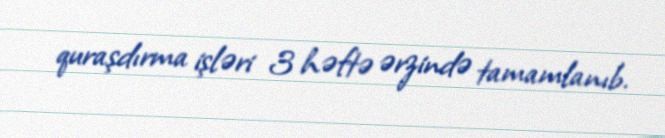
quraşdırma işləri 3 həftə ərzində tamamlanıb.